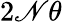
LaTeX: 2\mathscr{N}\theta